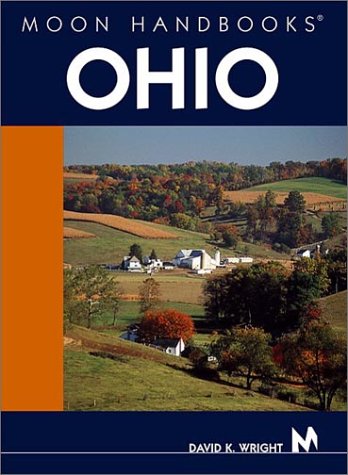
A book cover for Moon Handbooks Ohio; David K. Wright; Travel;